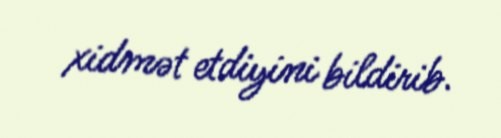
xidmət etdiyini bildirib.